Report on metropolitan horse fairs and district horse shows of 1891-92 - 1891-1892
Year: 1891
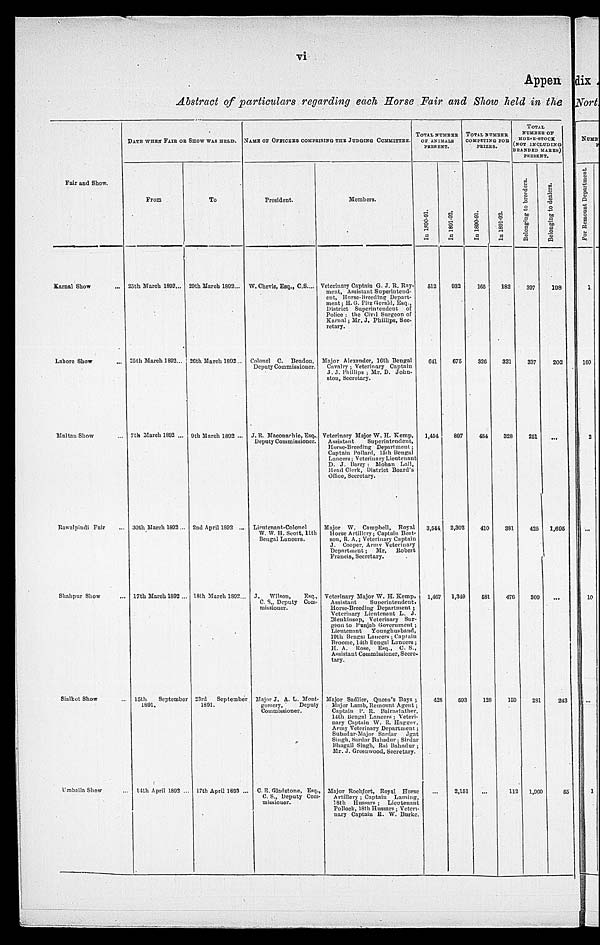
vi
Appen
Abstract of particulars regarding each Horse Fair and Show held in the
Fair and Show.
Karnal Show ...
Lahore Show ...
Multan Show ...
Rawalpindi Fair ...
Shahpur Show ...
Sialkot Show ...
Umballa Show ...
DATE WHEN FAIR OR SHOW WAS HELD.
From
25th March 1892...
25th March 1892...
7th March 1892 ...
30th March 1892 ...
17th March 1892 ...
15th
September
1891.
14th
April 1892 ...
To
29th March 1892...
26th March 1892
9th March 1892 ...
2nd April 1892 ...
18th March 1892...
23rd
September
1891.
17th April 1893 ...
NAME OF OFFICERS COMPRISING THE JUDGING COMMITTEE.
President.
W. Chevis, Esq., C.S....
Colonel C. Beadon,
Deputy Commissioner.
J. R. Maconachic, Esq.,
Deputy Commissioner.
Lieutenant-Colonel
W. W. H. Scott, 11th
Bengal Lancers.
J.
Wilson,
Esq.,
C. S., Deputy Com-
missioner.
Major J. A. L. Mont-
gomery,
Deputy
Commissioner.
C. E. Gladstone, Esq.,
C. S., Deputy Com-
missioner.
Members.
Veterinary Captain G. J. R. Ray-
ment, Assistant Superintend-
ent, Horse-Breeding Depart-
ment ; H. G. Fitz Gerald, Esq.,
District Superintendent
of
Police ; the Civil Surgeon of
Karnal ; Mr. J. Phillips, Sec-
retary.
Major Alexander, 16th Bengal
Cavalry ; Veterinary Captain
J. J. Phillips ; Mr. D. John-
ston, Secretary.
Veterinary Major W. H. Kemp,
Assistant
Superintendent,
Horse-Breeding Department ;
Captain Pollard, 15th Bengal
D. J. Barry : Mohan Lall,
Head Clerk, District Board's
Office, Secretary.
Major W. Campbell, Royal
Horse Artillery ; Captain Bent
son, R. A.; Veterinary Captain
J. Cooper, Army Veterinary
Department ;
Mr.
Robert
Francis, Secretary.
Veterinary Major W. H. Kemp,
Assistant
Superintendent,
Horse-Breeding Department ;
Veterinary Lieutenant L. J.
Blenkinsop, Veterinary Sur-
geon to Punjab Government ;
Lieutenant
Younghusband,
19th Bengal Lancers ; Captain
Broome, 14th Bengal Lancers ;
H. A. Rose, Esq., C. S.,
Assistant Commissioner, Secre-
tary.
Major Sadlier, Queen's Bays ;
Major Lamb, Remount Agent ;
Captain P. R. Bairnstather,
14th Bengal Lancers ; Veteri-
nary Captain W. R. Hagger,
Army Veterinary Department ;
Subadar-Major
Sardar
Jgat
Bhagail Singh, Rai Bahadur ;
Mr. J. Greenwood, Secretary.
Major Rochfort, Royal
Horse
Artillery ; Captain
Laming,
18th Hussars ;
Lieutenant
Pollock, 18th Hussars ; Veteri-
nary Captain R. W. Burke.
TOTAL NUMBER
OF ANIMALS
PRESENT.
In 1890-91.
512
641
1,454
3,544
1,467
428
...
In 1891-92.
932
675
897
2,302
1,349
593
2,151
TOTAL NUMBER
COMPETING FOR
PRIZES
In 1890-91.
165
326
454
410
581
128
...
In 1891-92.
182
321
328
381
476
150
112
TOTAL
NUMBER OF
HORSE-STOCK
(NOT INCLUDING
BRANDED MARES)
PRESENT.
Belonging to breeders.
397
337
251
425
309
281
1,960
Belonging to dealers.
198
202
...
1,695
...
243
55